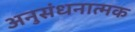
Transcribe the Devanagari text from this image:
अनुसंधनात्मक